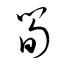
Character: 筍